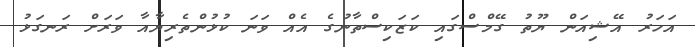
އަހަރު އޭޝިއަން ޔޫތު ގޭމްސްގައި ކަޒަކިސްތާނުގެ އެއް ވަނަ ކުޅުންތެރިޔާއާ ވަރަށް ރަނގަޅު